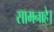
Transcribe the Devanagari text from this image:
सामनाहे।